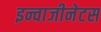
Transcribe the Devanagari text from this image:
इन्वाजीनेटस